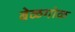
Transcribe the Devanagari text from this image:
बेळगोळ